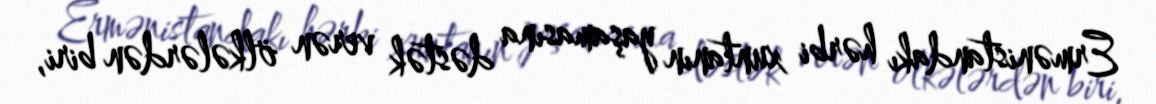
Ermənistandakı hərbi xuntanın yaşamasına dəstək verən ölkələrdən biri,